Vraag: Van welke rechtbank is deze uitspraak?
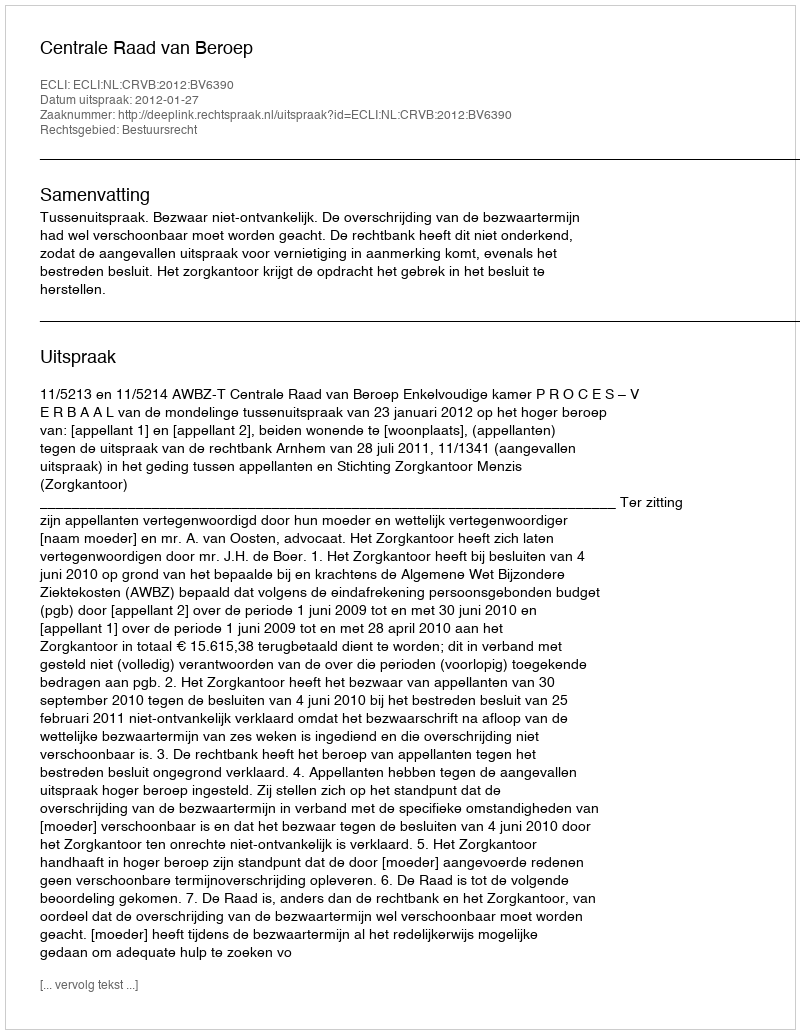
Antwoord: Centrale Raad van Beroep